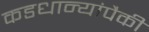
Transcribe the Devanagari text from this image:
कडधान्यांपैकी